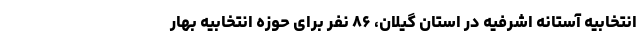
انتخابیه آستانه اشرفیه در استان گیلان، ۸۶ نفر برای حوزه انتخابیه بهار